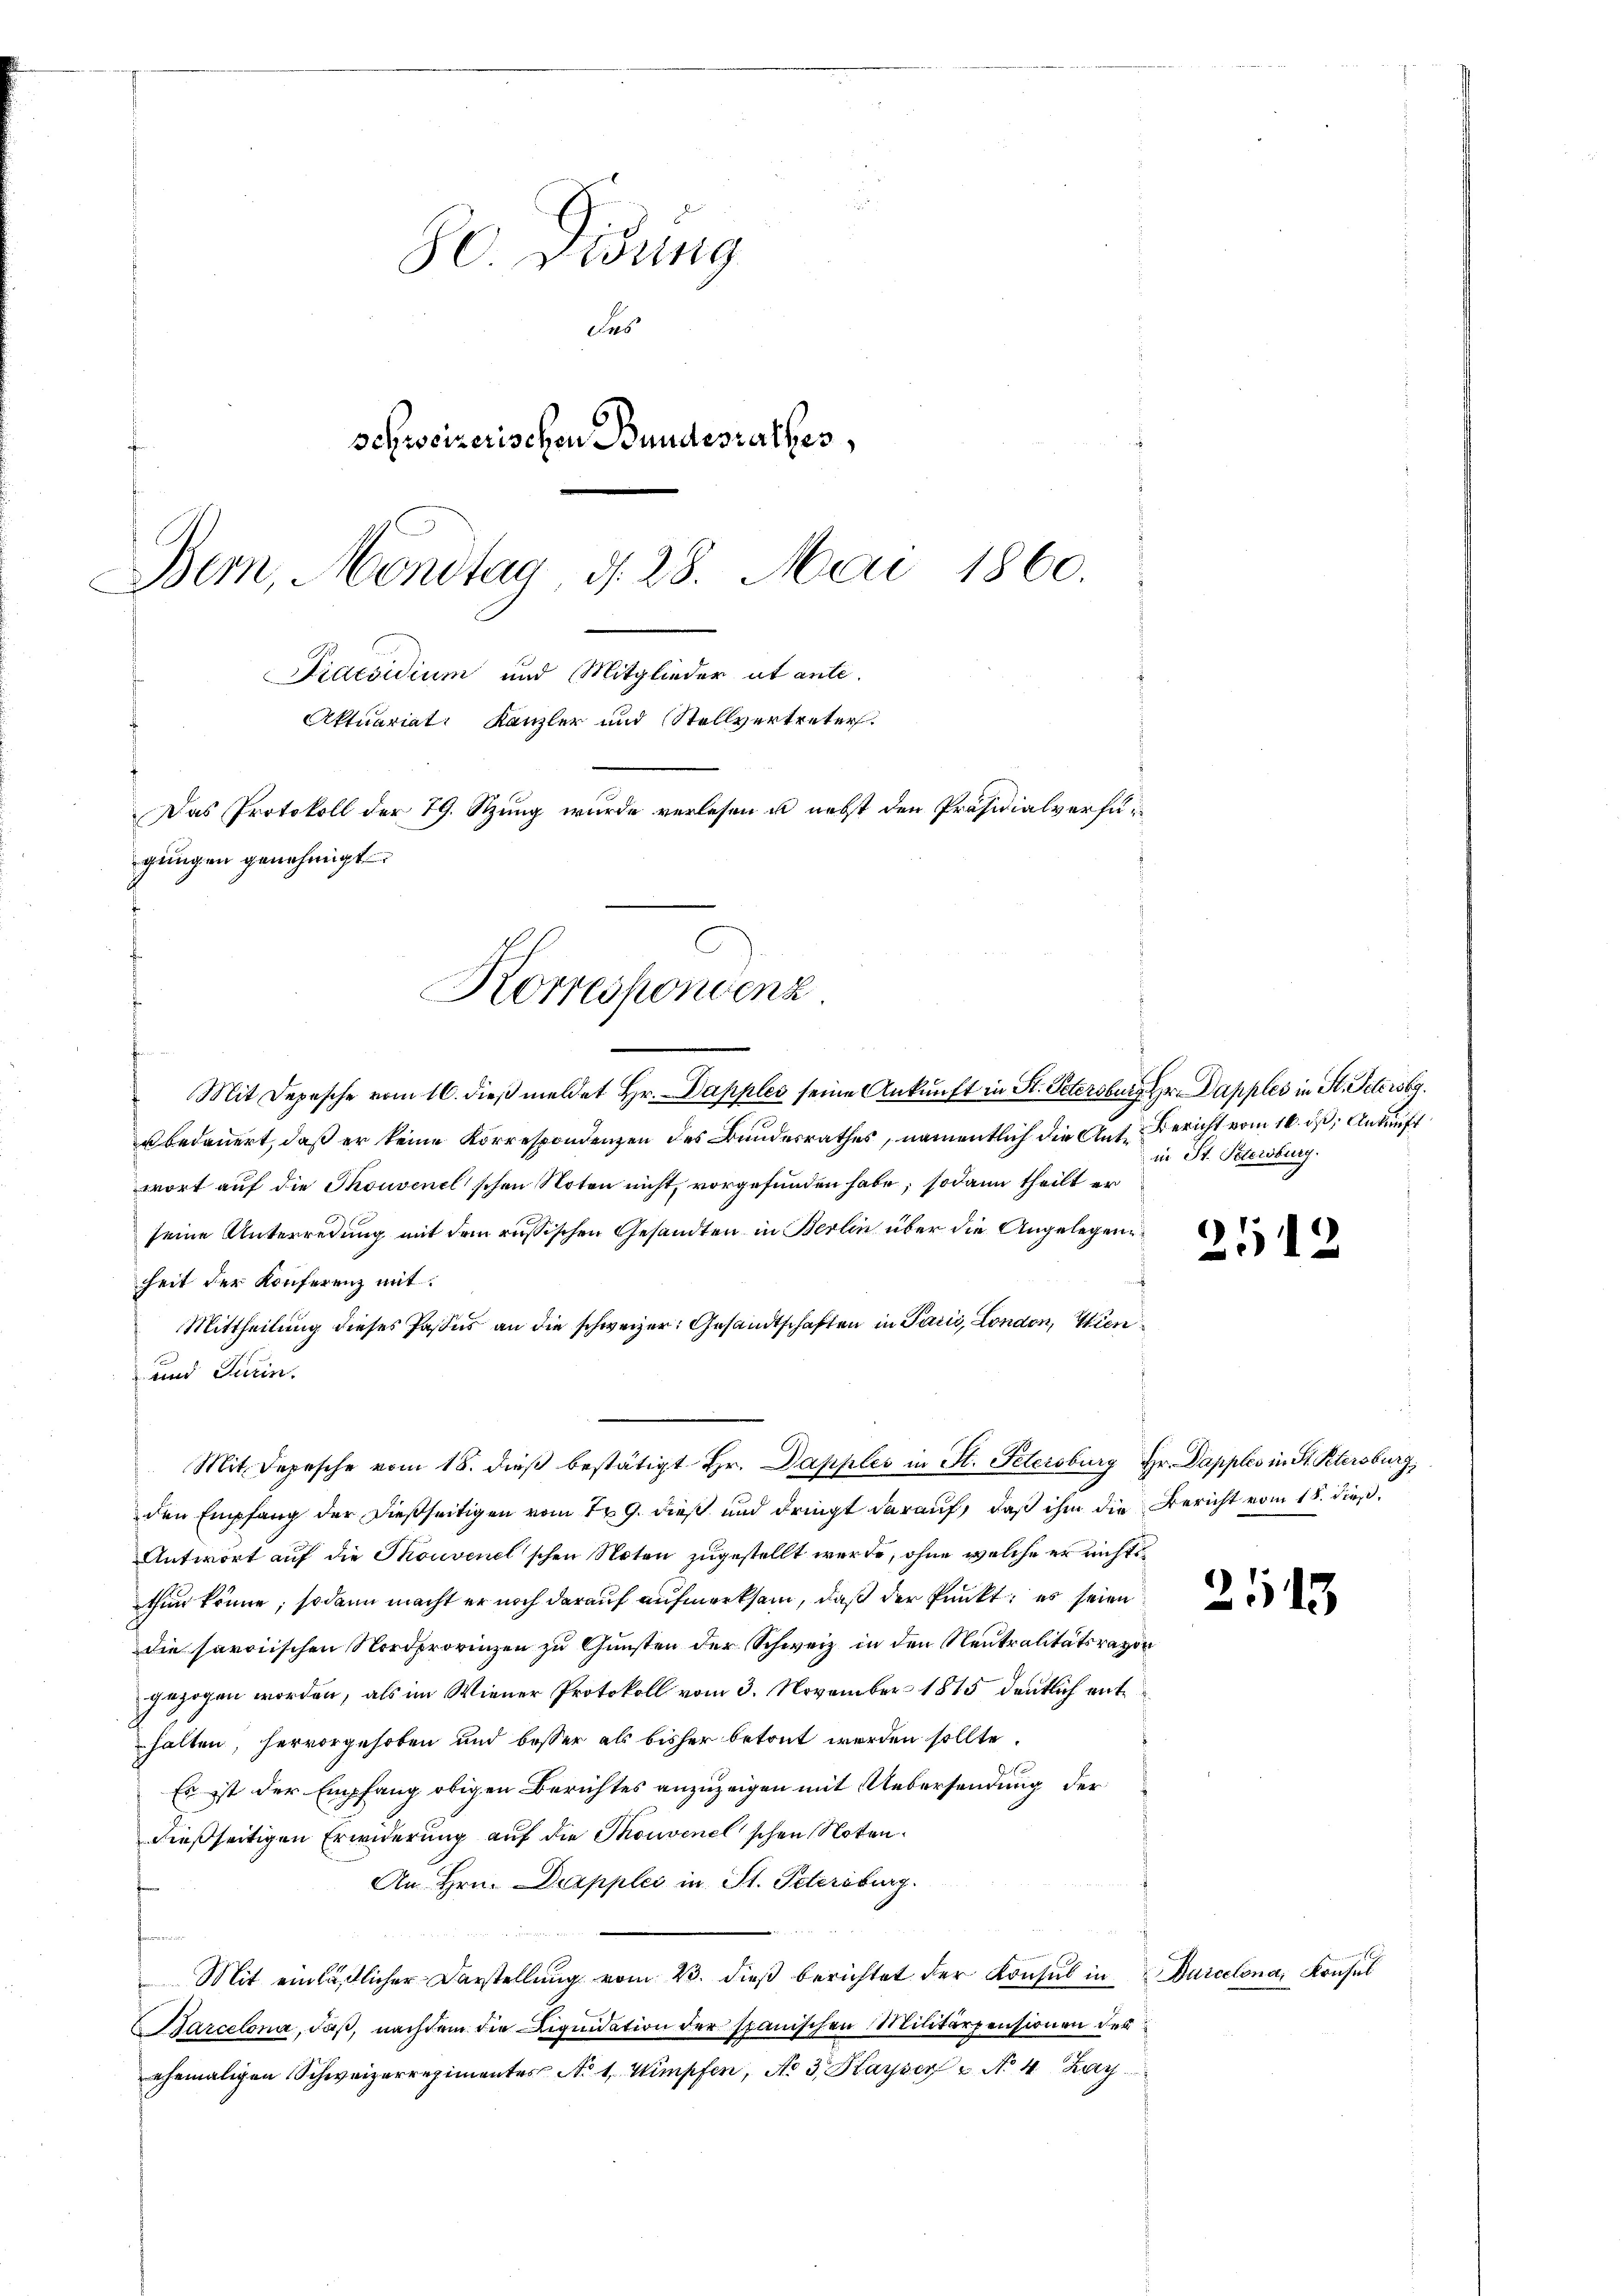
8o Didung
das
schweizerischen Bundesrathes,
Bem, Montag d. 28. Mai 1860.
Praesidium und Mitglieder ut ante.
Aktuariat Kanzler und Stellvertreter.
Das Protokoll der 79. Szung wurde verlesen u. nebst den Präsidialverfügungen genehmigt.

Korrespondenz

Mit Depesche vom 16. dieß meldet Hr. Dapples seine Ankunft in St. Petersburg her apples in St. Petersbg.
u bedauert, daß er keine Korrespondenzen des Bundesrathes, namentlich die Ant. Bericht vom 16. ds Ankunft
wort auf die Thouvenel’schen Noten nicht, vorgefunden habe; sodann theilt er
seine Unterredung mit dem russischen Gesandten in Berlin über die Angelegenheit der Konferenz mit
Mittheilung dieses Passus an die schweizer: Gesandtschaften in Paris, London, Wien¬
und Turin.
den Empfang der dießseitigen vom 19. dieß und dringt darauf, daß ihm die Bericht vom 18. dieß.
Antwort auf die Thonvenel'schen Noten zugestellt werde, ohne welche er nichtsthun könne; sodann macht er noch darauf aufmerksam, daß der Punkt: es seien
die sarciischen Nordprovinzen zu Gunsten der Schweiz in den Neutralitätsrator
gezogen worden, als im Wiener Protokoll vom 3. November 1815 deutlich enthalten, hervorgehoben und besser als bisher betont werden sollte.
Es ist der Empfang obigen Berichtes anzuzeigen mit Uebersendung der
dießseitigen Erwiderung auf die Thouvenelschen Noten.
An Hrn. Dapples in St. Petersburg.
Mit einläßlicher Darstellŭng vom 23. dieβ berichtet der Konsul in Durcelona, Konsul
Sarcelona, daß, nachdem die Liquidation der spanischen Militärpensionen der
ehemaligen Schweizerregimentes No 1. Wimpfen, No 3. Kayser u. No 4 Bay

Mit Depesche vom 18. dieβ bestätigt Hr. Dapples in St. Petersburg Hr. Dapples in St. Petersburg,

in St. Petersburg.

2512

2515